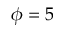
\phi = 5